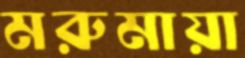
মরুমায়া